Indian journal of veterinary science and animal husbandry - Volume 13,
Year: 1943
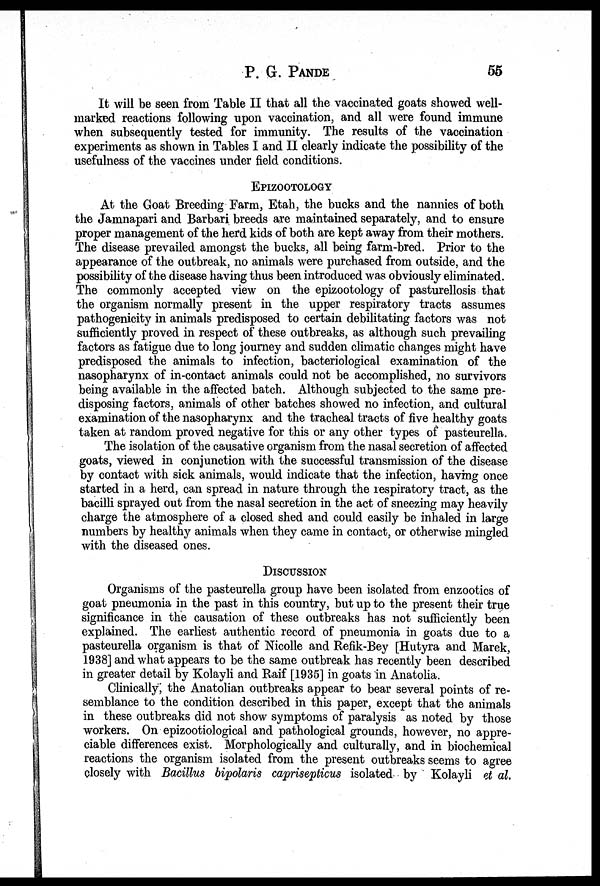
P. G. PANDE 55
It will be seen from Table II that all the vaccinated goats showed well-
marked reactions following upon vaccination, and all were found immune
when subsequently tested for immunity. The results of the vaccination
experiments as shown in Tables I and II clearly indicate the possibility of the
usefulness of the vaccines under field conditions.
EPIZOOTOLOGY
At the Goat Breeding Farm, Etah, the bucks and the nannies of both
the Jamnapari and Barbari breeds are maintained separately, and to ensure
proper management of the herd kids of both are kept away from their mothers.
The disease prevailed amongst the bucks, all being farm-bred. Prior to the
appearance of the outbreak, no animals were purchased from outside, and the
possibility of the disease having thus been introduced was obviously eliminated.
The commonly accepted view on the epizootology of pasturellosis that
the organism normally present in the upper respiratory tracts assumes
pathogenicity in animals predisposed to certain debilitating factors was not
sufficiently proved in respect of these outbreaks, as although such prevailing
factors as fatigue due to long journey and sudden climatic changes might have
predisposed the animals to infection, bacteriological examination of the
nasopharynx of in-contact animals could not be accomplished, no survivors
being available in the affected batch. Although subjected to the same pre-
disposing factors, animals of other batches showed no infection, and cultural
examination of the nasopharynx and the tracheal tracts of five healthy goats
taken at random proved negative for this or any other types of pasteurella.
The isolation of the causative organism from the nasal secretion of affected
goats, viewed in conjunction with the successful transmission of the disease
by contact with sick animals, would indicate that the infection, having once
started in a herd, can spread in nature through the respiratory tract, as the
bacilli sprayed out from the nasal secretion in the act of sneezing may heavily
charge the atmosphere of a closed shed and could easily be inhaled in large
numbers by healthy animals when they came in contact, or otherwise mingled
with the diseased ones.
DISCUSSION
Organisms of the pasteurella group have been isolated from enzootics of
goat pneumonia in the past in this country, but up to the present their true
significance in the causation of these outbreaks has not sufficiently been
explained. The earliest authentic record of pneumonia in goats due to a
pasteurella organism is that of Nicolle and Refik-Bey [Hutyra and Marek,
1938] and what appears to be the same outbreak has recently been described
in greater detail by Kolayli and Raif [1935] in goats in Anatolia.
Clinically, the Anatolian outbreaks appear to bear several points of re-
semblance to the condition described in this paper, except that the animals
in these outbreaks did not show symptoms of paralysis as noted by those
workers. On epizootiological and pathological grounds, however, no appre-
ciable differences exist. Morphologically and culturally, and in biochemical
reactions the organism isolated from the present outbreaks seems to agree
closely with Bacillus bipolaris caprisepticus isolated by Kolayli et al.